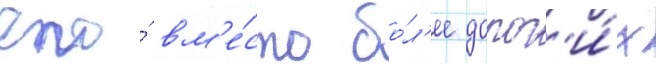
его́ вм'е́сто бо́л'ее дорог'и́х